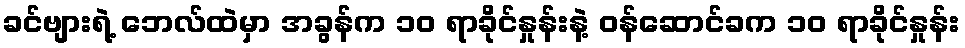
ခင်ဗျားရဲ့ ဘေလ်ထဲမှာ အခွန်က ၁၀ ရာခိုင်နှုန်းနဲ့ ဝန်ဆောင်ခက ၁၀ ရာခိုင်နှုန်း